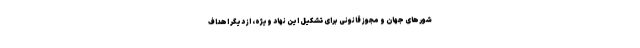
شورهای جهان و مجوز قانونی برای تشکیل این نهاد ویژه، از دیگر اهداف